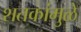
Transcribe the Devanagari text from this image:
शतकांमुळे